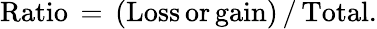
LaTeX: \textrm{Ratio}\, =\, (\textrm{Loss}\, \textrm{or}\, \textrm{gain})\, /\, \textrm{Total}.